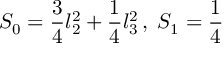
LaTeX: S _ { 0 } = \frac { 3 } { 4 } l _ { 2 } ^ { 2 } + \frac { 1 } { 4 } l _ { 3 } ^ { 2 } \, , \; S _ { 1 } = \frac { 1 } { 4 }